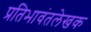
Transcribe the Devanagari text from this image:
प्रतिभावंतलेखक